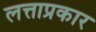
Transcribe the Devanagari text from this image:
लत्ताप्रकार